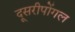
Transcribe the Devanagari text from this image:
दूसरीपोंगल